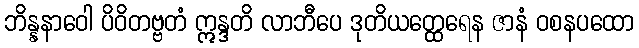
ဘိန္နနာဝေါ ပိဝိတဗ္ဗတံ ဣန္ဒတိ လာဘီပေ ဒုတိယတ္ထေရေန ဇာနံ ဝစနပထော